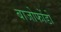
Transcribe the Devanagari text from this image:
बाजोफोंडो